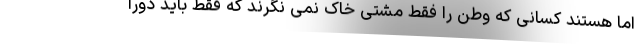
اما هستند کسانی که وطن را فقط مشتی خاک نمی نگرند که فقط باید دورا